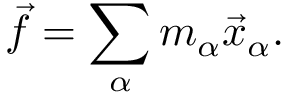
{ \vec { f } } = \sum _ { \alpha } m _ { \alpha } { \vec { x } } _ { \alpha } .